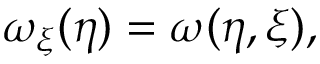
\omega _ { \xi } ( \eta ) = \omega ( \eta , \xi ) ,